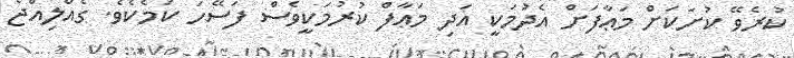
ކުރެވޭ ކުށަކަށް މަޢާފަށް އެދުމަކީ އަދި މަޢާފް ކުރުމަކީވެސް ފަސޭހަ ކަމެކެވެ. ގެއްލިއްޖެ